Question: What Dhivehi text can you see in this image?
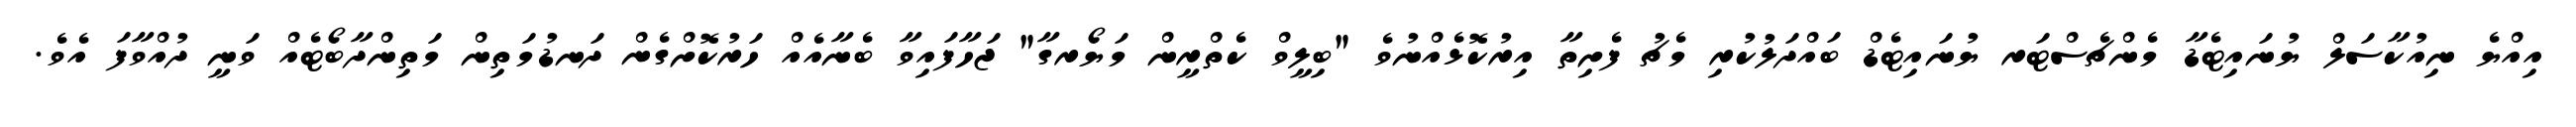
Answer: އިއްޔެ ނިއުކާސަލް ޔުނައިޓެޑާ މެންޗެސްޓަރ ޔުނައިޓެޑް ބައްދަލުކުރި މެޗު ފެށިތާ އިރުކޮޅެއްނުވެ "ބިލީވް ކެތްރީން މަޔޯރގާ" ޖަހާފައިވާ ބެނާއެއް ހަރުކޮށްގެން ދަނޑުމަތިން މަތިންދާބޯޓެއް ވަނީ ދުއްވާފަ އެވެ.